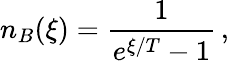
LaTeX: n_{B}(\xi)=\frac{1}{e^{\xi/T}-1}\, ,